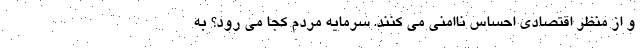
و از منظر اقتصادی احساس ناامنی می کنند. سرمایه مردم کجا می رود؟ به